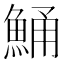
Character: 鯒